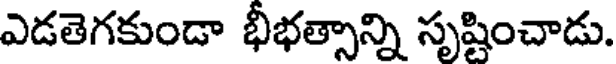
ఎడతెగకుండా భీభత్సాన్ని సృష్టించాడు.